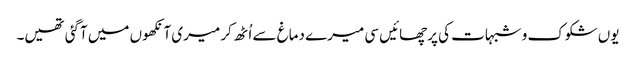
یوں شکوک و شبہات کی پرچھائیں سی میرے دماغ سے اُٹھ کر میری آنکھوں میں آگئی تھیں۔